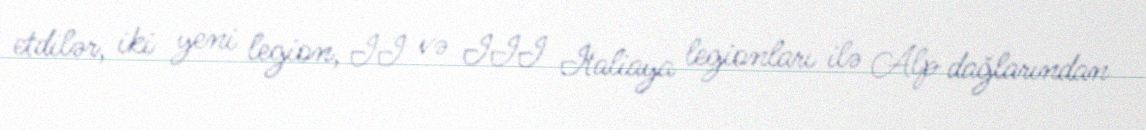
etdilər, iki yeni legion, II və III İtaliaya legionları ilə Alp dağlarından